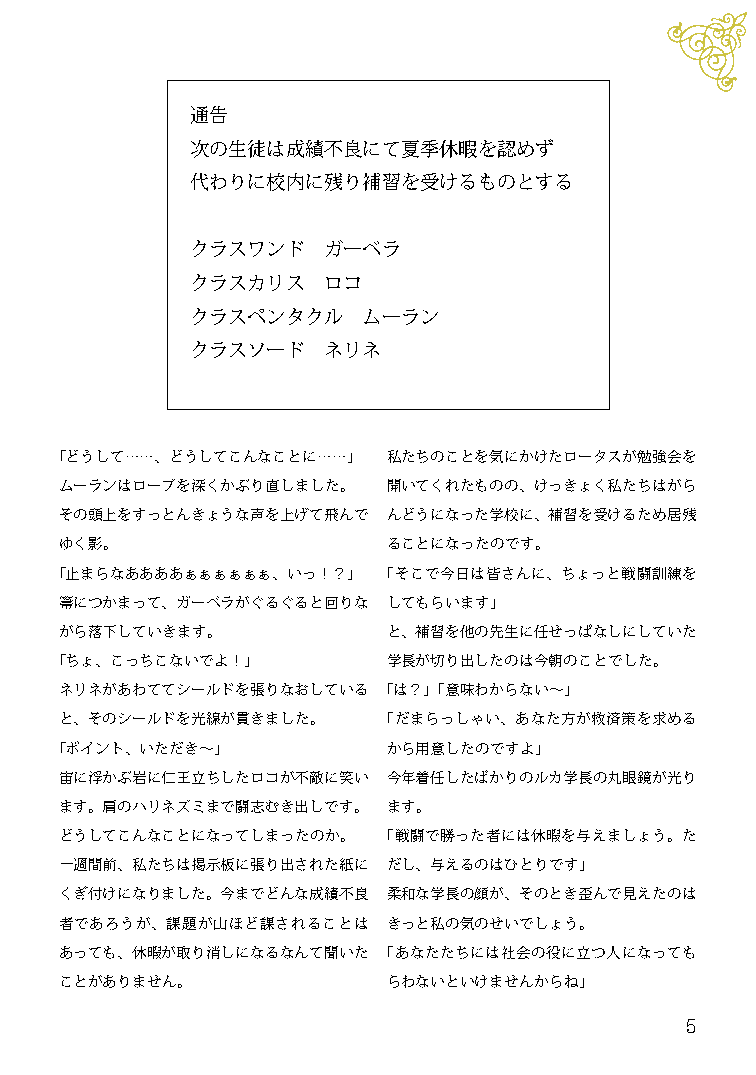
通告
 次の生徒は成績不良にて夏季休暇を認めず
 代わりに校内に残り補習を受けるものとする
 クラスワンド  ガーベラ
 クラスカリス  ロコ
 クラスペンタクル   ムーラン
 クラスソード  ネリネ
 「どうして……、どうしてこんなことに……」  私たちのことを気にかけたロータスが勉強会を
 ムーランはローブを深くかぶり直しました。  開いてくれたものの、けっきょく私たちはがら
 その頭上をすっとんきょうな声を上げて飛んで んどうになった学校に、補習を受けるため居残
 ゆく影。                  ることになったのです。
 「止まらなああああぁぁぁぁぁぁ、いっ！？」 「そこで今日は皆さんに、ちょっと戦闘訓練を
 箒につかまって、ガーベラがぐるぐると回りな してもらいます」
 がら落下していきます。           と、補習を他の先生に任せっぱなしにしていた
 「ちょ、こっちこないでよ！」         学長が切り出したのは今朝のことでした。
 ネリネがあわててシールドを張りなおしている 「は？」「意味わからない～」
 と、そのシールドを光線が貫きました。   「だまらっしゃい、あなた方が救済策を求める
 「ポイント、いただき～」           から用意したのですよ」
 宙に浮かぶ岩に仁王立ちしたロコが不敵に笑い 今年着任したばかりのルカ学長の丸眼鏡が光り
 ます。肩のハリネズミまで闘志むき出しです。 ます。
 どうしてこんなことになってしまったのか。 「戦闘で勝った者には休暇を与えましょう。た
 一週間前、私たちは掲示板に張り出された紙に だし、与えるのはひとりです」
 くぎ付けになりました。今までどんな成績不良 柔和な学長の顔が、そのとき歪んで見えたのは
 者であろうが、課題が山ほど課されることは  きっと私の気のせいでしょう。
 あっても、休暇が取り消しになるなんて聞いた 「あなたたちには社会の役に立つ人になっても
 ことがありません。             らわないといけませんからね」
 5